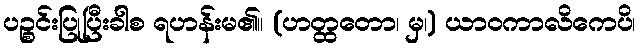
ပဉ္စင်းပြုပြီးခါစ ရဟန်းမ၏။ (ဟတ္ထတော၊ မှ၊) ယာဝကာလိကေပိ၊